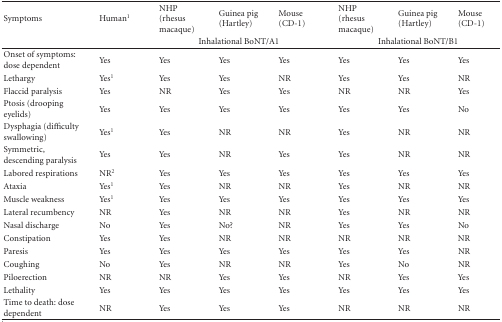
<table><thead><tr><td><b>Symptoms</b></td><td><b>Human<sup>1</sup></b></td><td><b>NHP (rhesus macaque)</b></td><td><b>Guinea pig (Hartley)</b></td><td><b>Mouse (CD-1)</b></td><td><b>NHP (rhesus macaque)</b></td><td><b>Guinea pig (Hartley)</b></td><td><b>Mouse(CD-1)</b></td></tr><tr><td></td><td></td><td colspan="3"><b>Inhalational BoNT/A1</b></td><td colspan="3"><b>Inhalational BoNT/B1</b></td></tr></thead><tbody><tr><td>Onset of symptoms: dose dependent</td><td>Yes</td><td>Yes</td><td>Yes</td><td>Yes</td><td>Yes</td><td>Yes</td><td>Yes</td></tr><tr><td>Lethargy</td><td>Yes<sup>1</sup></td><td>Yes</td><td>Yes</td><td>NR</td><td>Yes</td><td>Yes</td><td>NR</td></tr><tr><td>Flaccid paralysis</td><td>Yes</td><td>NR</td><td>Yes</td><td>Yes</td><td>NR</td><td>NR</td><td>Yes</td></tr><tr><td>Ptosis (drooping eyelids)</td><td>Yes</td><td>Yes</td><td>Yes</td><td>Yes</td><td>Yes</td><td>Yes</td><td>No</td></tr><tr><td>Dysphagia (difficulty swallowing)</td><td>Yes<sup>1</sup></td><td>Yes</td><td>NR</td><td>NR</td><td>Yes</td><td>NR</td><td>NR</td></tr><tr><td>Symmetric, descending paralysis</td><td>Yes</td><td>Yes</td><td>NR</td><td>Yes</td><td>Yes</td><td>NR</td><td>NR</td></tr><tr><td>Labored respirations</td><td>NR<sup>2</sup></td><td>Yes</td><td>Yes</td><td>Yes</td><td>Yes</td><td>Yes</td><td>Yes</td></tr><tr><td>Ataxia</td><td>Yes<sup>1</sup></td><td>Yes</td><td>NR</td><td>NR</td><td>Yes</td><td>NR</td><td>NR</td></tr><tr><td>Muscle weakness</td><td>Yes<sup>1</sup></td><td>Yes</td><td>Yes</td><td>Yes</td><td>Yes</td><td>Yes</td><td>Yes</td></tr><tr><td>Lateral recumbency</td><td>NR</td><td>Yes</td><td>NR</td><td>NR</td><td>Yes</td><td>NR</td><td>NR</td></tr><tr><td>Nasal discharge</td><td>No</td><td>Yes</td><td>No?</td><td>NR</td><td>Yes</td><td>Yes</td><td>No</td></tr><tr><td>Constipation</td><td>Yes</td><td>Yes</td><td>NR</td><td>NR</td><td>NR</td><td>NR</td><td>NR</td></tr><tr><td>Paresis</td><td>Yes</td><td>Yes</td><td>Yes</td><td>Yes</td><td>Yes</td><td>Yes</td><td>NR</td></tr><tr><td>Coughing</td><td>No</td><td>Yes</td><td>NR</td><td>NR</td><td>Yes</td><td>No</td><td>NR</td></tr><tr><td>Piloerection</td><td>NR</td><td>NR</td><td>Yes</td><td>Yes</td><td>NR</td><td>Yes</td><td>Yes</td></tr><tr><td>Lethality</td><td>Yes</td><td>Yes</td><td>Yes</td><td>Yes</td><td>Yes</td><td>Yes</td><td>Yes</td></tr><tr><td>Time to death: dose dependent</td><td>NR</td><td>Yes</td><td>Yes</td><td>Yes</td><td>NR</td><td>NR</td><td>NR</td></tr></tbody></table>